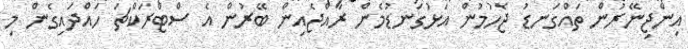
އިންޖިނޭރުން ތައްގަނޑު ޖެހުމުން އަޅުގަނޑުމެން ރާއްޖެއިން ބޭރުން އެ ސްޓްރަކްޗަ ހައްދައިގެން މި